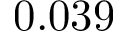
0 . 0 3 9